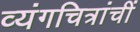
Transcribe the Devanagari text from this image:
व्यंगचित्रांचीं